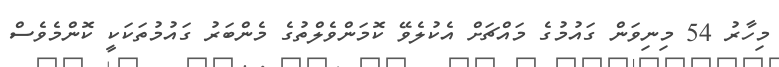
މިހާރު 54 މިނިވަން ގައުމުގެ މައްޗަށް އެކުލެވޭ ކޮމަންވެލްތުގެ މެންބަރު ގައުމުތަކަކީ ކޮންމެވެސް